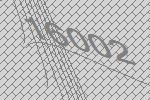
16002